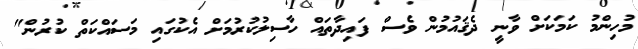
މުހިންމު ކަމަކަށް ވާނީ ދެޤައުމުން ވެސް ފައިދާތައް ހާސިލުކުރުމަށް އެކުގައި މަސައްކަތް ކުރުން"